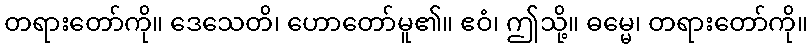
တရားတော်ကို။ ဒေသေတိ၊ ဟောတော်မူ၏။ ဧဝံ၊ ဤသို့။ ဓမ္မေ၊ တရားတော်ကို။